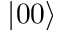
| 0 0 \rangle